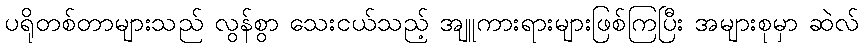
ပရိုတစ်တာများသည် လွန်စွာ သေးငယ်သည့် အျူကားရားများဖြစ်ကြပြီး အများစုမှာ ဆဲလ်